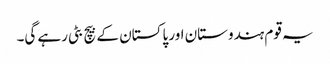
یہ قوم ہندوستان اور پاکستان کے بیچ بٹی رہے گی۔